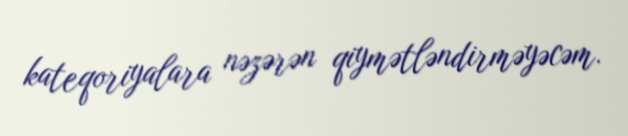
kateqoriyalara nəzərən qiymətləndirməyəcəm.